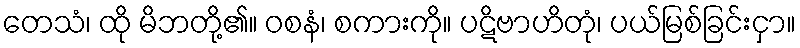
တေသံ၊ ထို မိဘတို့၏။ ဝစနံ၊ စကားကို။ ပဋိဗာဟိတုံ၊ ပယ်မြစ်ခြင်းငှာ။